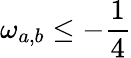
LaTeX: \omega_{a,b}\leq-\frac{1}{4}